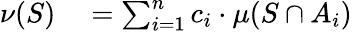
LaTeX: \begin{array}{rl}{\nu(S)}&{{}=\sum_{i=1}^{n}c_{i}\cdot\mu(S\cap A_{i})}\end{array}